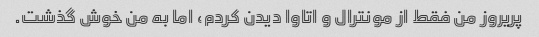
پریروز من فقط از مونترال و اتاوا دیدن کردم، اما به من خوش گذشت.